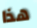
هذا